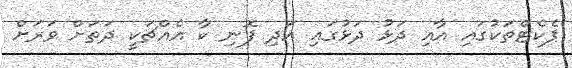
ޕެކެޓްތަކުގައި އާއި ދަޅު ދަޅުގައި އަދި ފޮނި ކާ އެއްޗަކީ ދަތަށް ވަރަށް